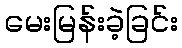
မေးမြန်းခဲ့ခြင်း